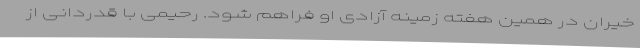
خیران در همین هفته زمینه آزادی او فراهم شود. رحیمی با قدردانی از